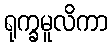
ရုက္ခမူလိကာ